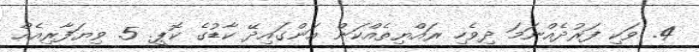
4. ވަކި ފަރުދެއްނަމަ ދިވެހި ރައްޔިތެއްކަން އަންގައިދޭ ކާޑުގެ ކޮޕީ. 5. ވިޔަފާރިއެއް